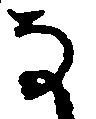
な